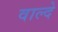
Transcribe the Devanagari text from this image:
वाल्दे